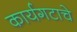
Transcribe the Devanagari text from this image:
कार्यगटाचे